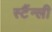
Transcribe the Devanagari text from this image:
स्टैंन्ली